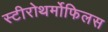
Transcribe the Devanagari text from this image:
स्टीरोथर्मोफिलस